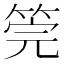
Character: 筦